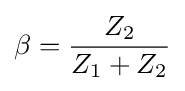
\beta ={\frac {Z_{2}}{Z_{1}+Z_{2}}}